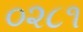
૦૨૮૧